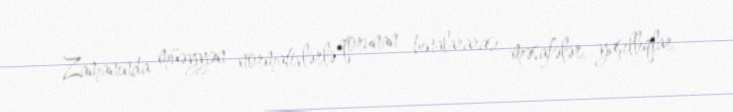
Zamanında müəyyən normativlərlə qorunan binalararası məsafələr, yaşıllıqlar,